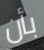
بأن